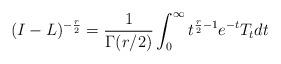
LaTeX: \begin{align*}(I-L)^{-\frac{r}{2}}=\frac{1}{\Gamma(r/2)}\int_{0}^{\infty}t^{\frac{r}{2}-1}e^{-t}T_{t}dt\end{align*}